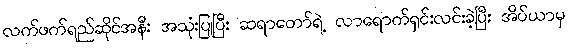
လက်ဖက်ရည်ဆိုင်အနီး အသုံးပြုပြီး ဆရာတော်ရဲ့ လာရောက်ရှင်းလင်းခဲ့ပြီး အိပ်ယာမှ